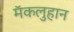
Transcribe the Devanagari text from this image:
मॅकलुहान